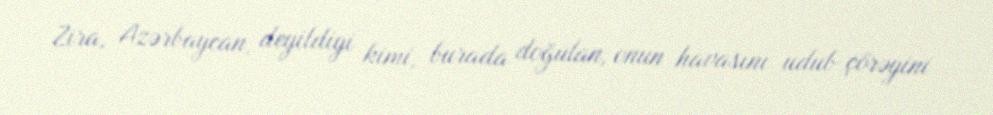
Zira, Azərbaycan, deyildiyi kimi, burada doğulan, onun havasını udub çörəyini